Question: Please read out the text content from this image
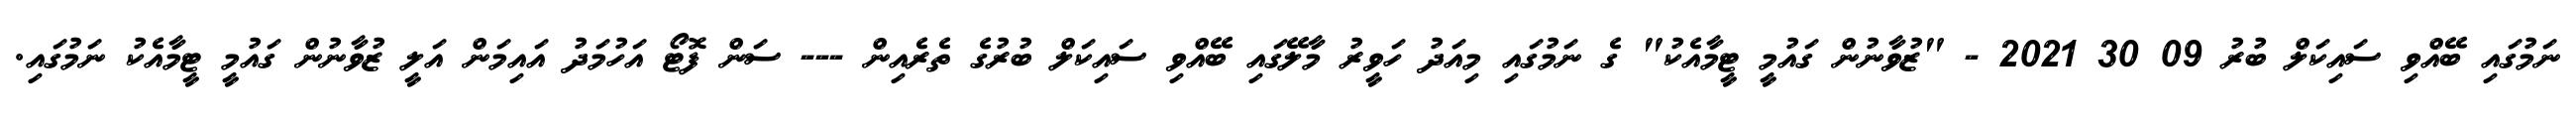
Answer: ނަމުގައި ބޭއްވި ސައިކަލް ބުރު 09 30 2021 - "ޒުވާނުން ގައުމީ ޓީމާއެކު" ގެ ނަމުގައި މިއަދު ހަވީރު މާލޭގައި ބޭއްވި ސައިކަލް ބުރުގެ ތެރެއިން --- ސަން ފޮޓޯ އަހުމަދު އައިމަން އަލީ ޒުވާނުން ގައުމީ ޓީމާއެކު ނަމުގައި.